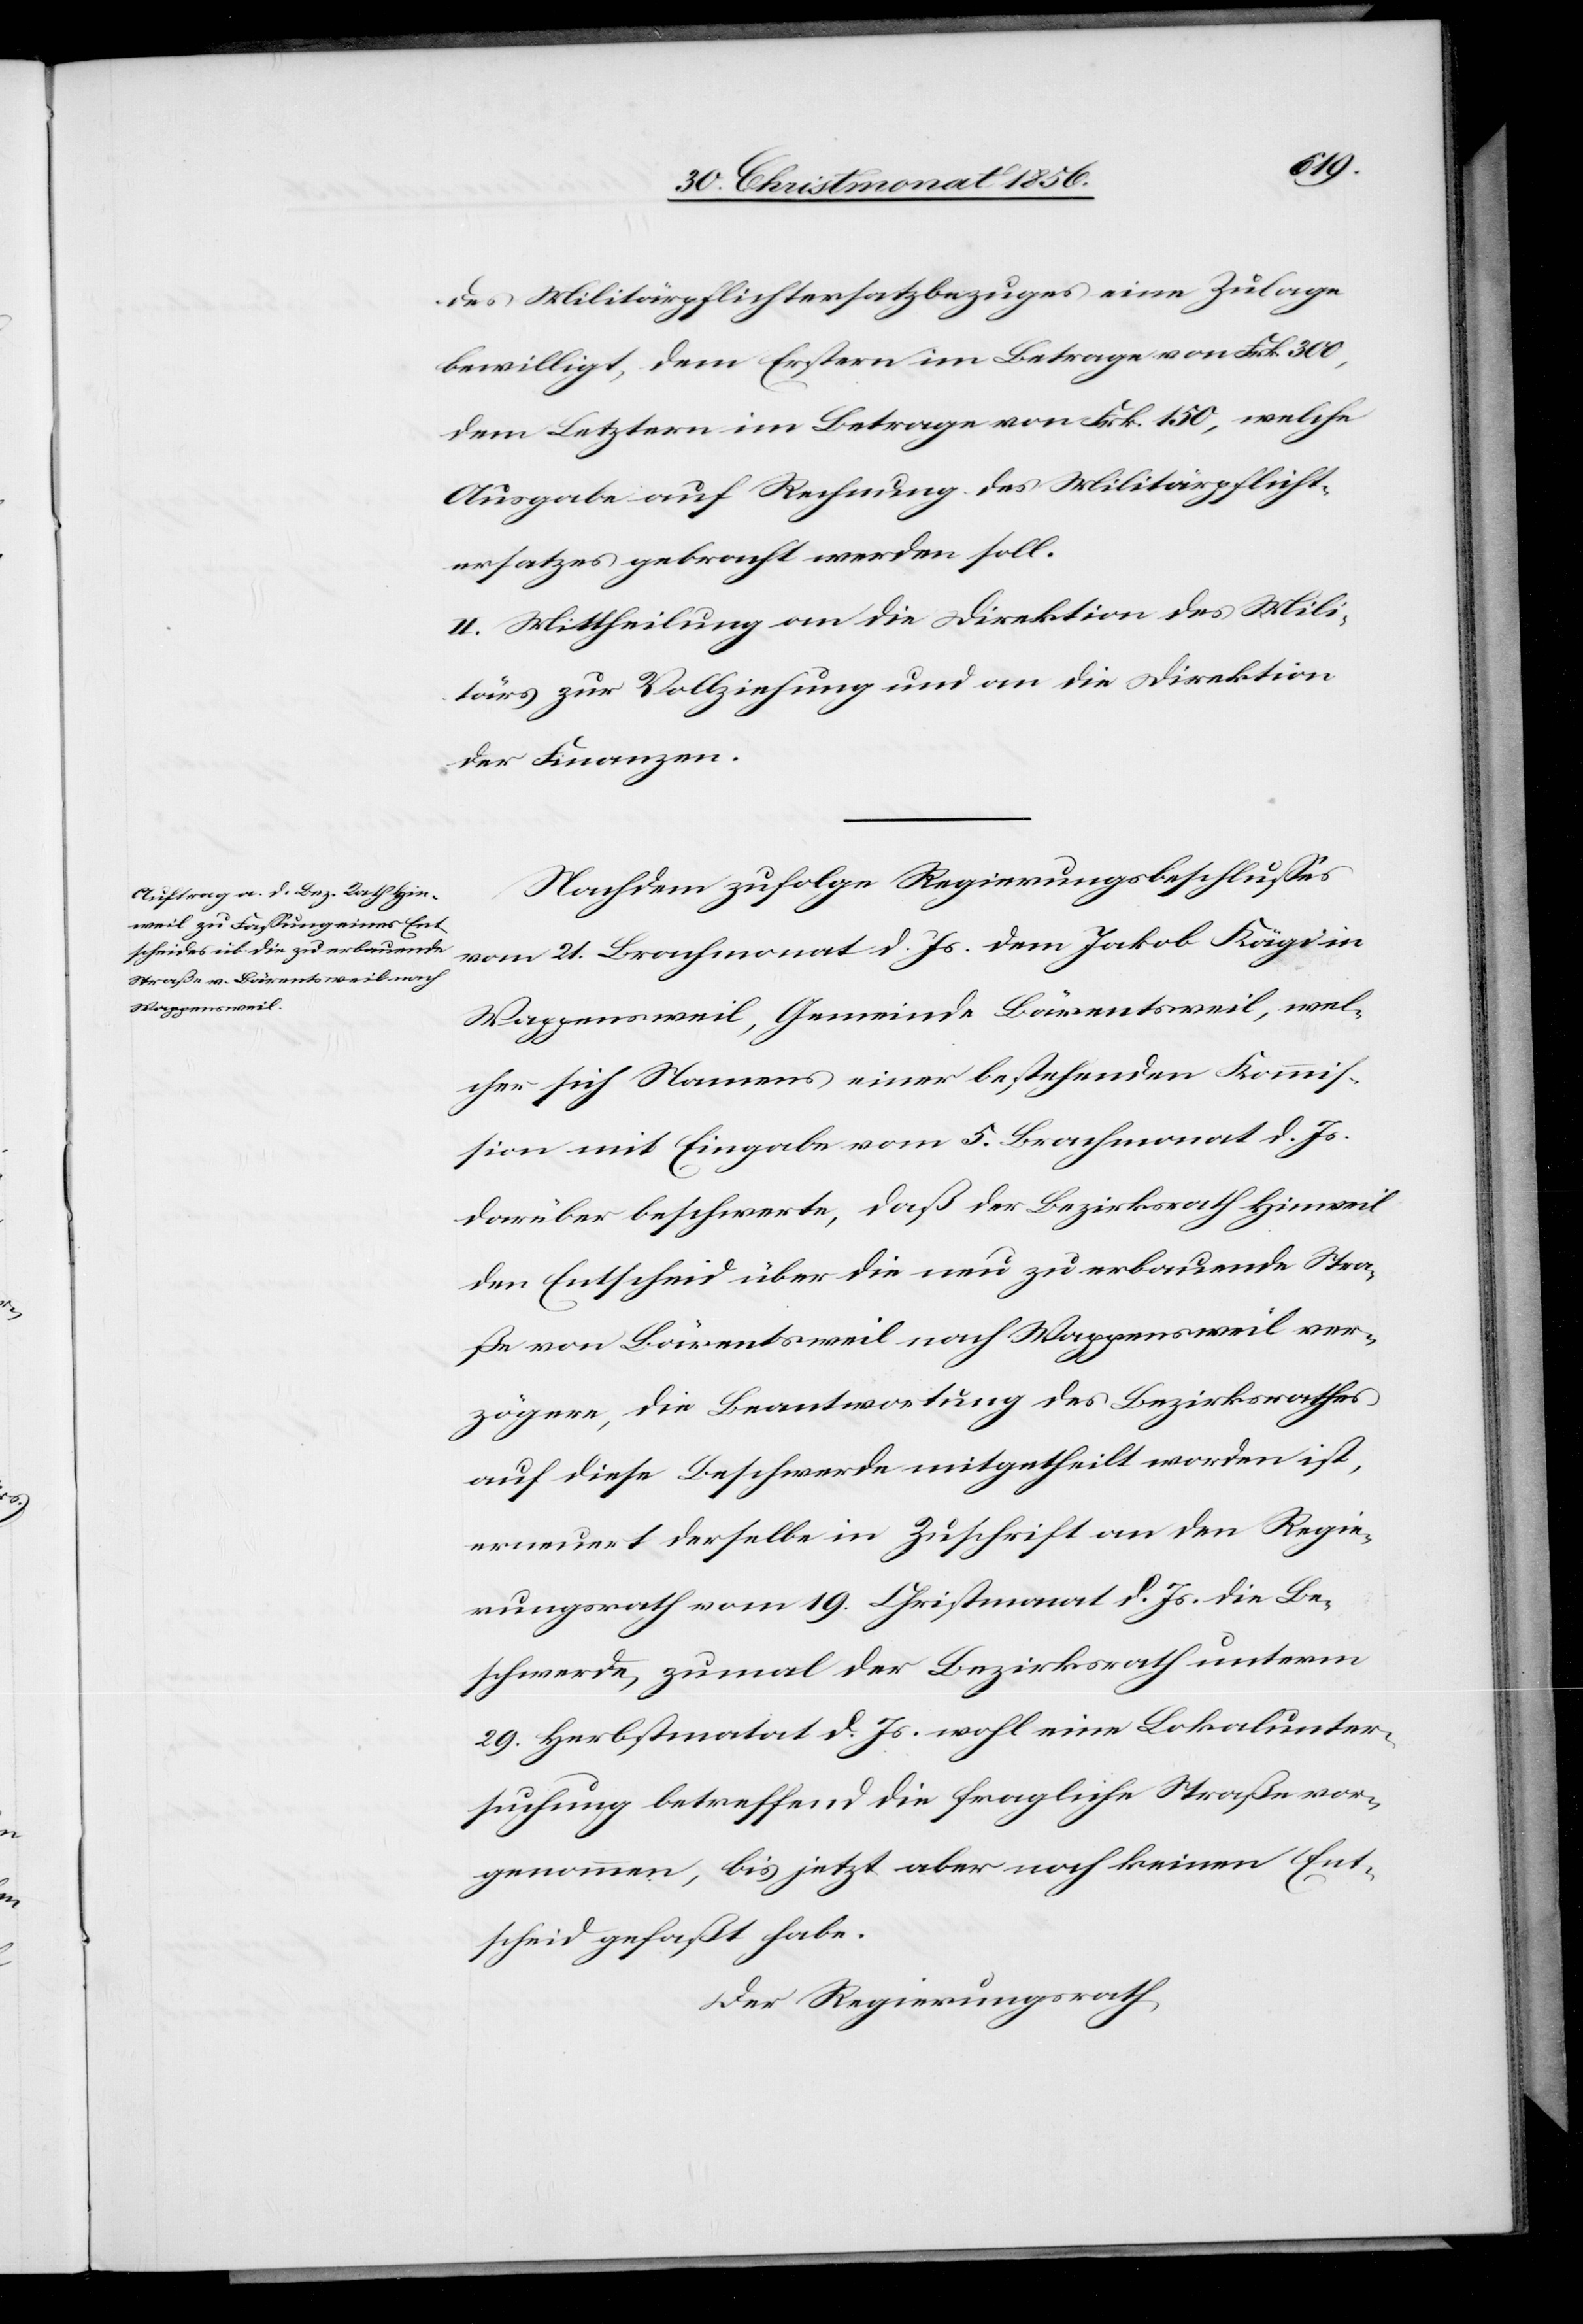
des Militärpflichtersatzbezuges eine Zulage
bewilligt, dem Erstern im Betrage von Frk. 300,
dem Letztern im Betrage von Frk. 150, welche
Ausgabe auf Rechnung des Militärpflicht¬
ersatzes gebracht werden soll.
II. Mittheilung an die Direktion des Mili¬
tärs zur Vollziehung und an die Direktion
der Finanzen.
Nachdem zufolge Regierungsbeschlusses
vom 21. Brachmonat d. Js. dem Jakob Kägi in
Wappensweil, Gemeinde Bärentsweil, wel¬
cher sich Namens einer bestehenden Kommis¬
sion mit Eingabe vom 5. Brachmonat d. Js.
darüber beschwerte, daß der Bezirksrath Hinweil
den Entscheid über die neu zu erbauende Stra¬
ße von Bärentsweil nach Wappensweil ver¬
zögere, die Beantwortung des Bezirksrathes
auf diese Beschwerde mitgetheilt worden ist,
erneuert derselbe in Zuschrift an den Regie¬
rungsrath vom 19. Christmonat d. Js. die Be¬
schwerde, zumal der Bezirksrath unterm
29. Herbstmatat [sic!] d. Js. wohl eine Lokalunter¬
suchung betreffend die fragliche Straße vor¬
genommen, bis jetzt aber noch keinen Ent¬
scheid gefaßt habe.
Der Regierungsrath,